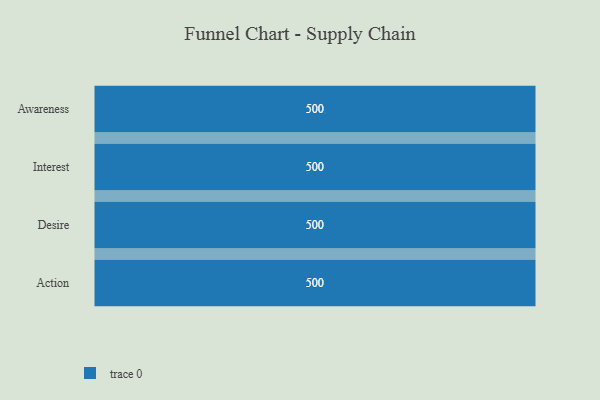
{"axis": {"x": "Stage", "y": "Value"}, "legend": [""], "data": [{"x": "Awareness", "y": 500, "type": ""}, {"x": "Interest", "y": 500, "type": ""}, {"x": "Desire", "y": 500, "type": ""}, {"x": "Action", "y": 500, "type": ""}]}